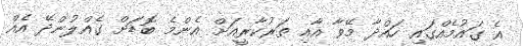
އެ ގައުމެއްގައި ހައްދާ މޭވާ އާއި ތަރުކާރީއަށް އެންމެ ބޮޑަށް ގެއްލުންދޭ އެއް